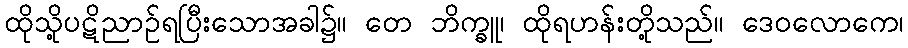
ထိုသို့ပဋိညာဉ်ရပြီးသောအခါ၌။ တေ ဘိက္ခူ၊ ထိုရဟန်းတို့သည်။ ဒေဝလောကေ၊